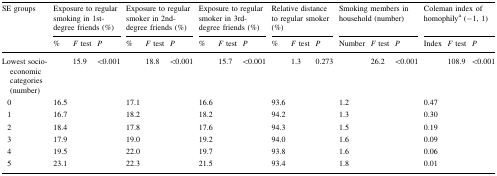
<table><thead><tr><td rowspan="2"><b>SE groups</b></td><td colspan="3"><b>Exposure to regular smoking in 1st-degree friends (%)</b></td><td colspan="3"><b>Exposure to regular smoker in 2nd-degree friends (%)</b></td><td colspan="3"><b>Exposure to regular smoker in 3rd-degree friends (%)</b></td><td colspan="3"><b>Relative distance to regular smoker (%)</b></td><td colspan="3"><b>Smoking members in household (number)</b></td><td colspan="3"><b>Coleman index of homophily<sup>a</sup> (−1, 1)</b></td></tr><tr><td><b>%</b></td><td><b><i>F</i> test</b></td><td><b><i>P</i></b></td><td><b>%</b></td><td><b><i>F</i> test</b></td><td><b><i>P</i></b></td><td><b>%</b></td><td><b><i>F</i> test</b></td><td><b><i>P</i></b></td><td><b>%</b></td><td><b><i>F</i> test</b></td><td><b><i>P</i></b></td><td><b>Number</b></td><td><b><i>F</i> test</b></td><td><b><i>P</i></b></td><td><b>Index</b></td><td><b><i>F</i> test</b></td><td><b><i>P</i></b></td></tr></thead><tbody><tr><td>Lowest socio-economic categories (number)</td><td></td><td>15.9</td><td>&lt;0.001</td><td></td><td>18.8</td><td>&lt;0.001</td><td></td><td>15.7</td><td>&lt;0.001</td><td></td><td>1.3</td><td>0.273</td><td></td><td>26.2</td><td>&lt;0.001</td><td></td><td>108.9</td><td>&lt;0.001</td></tr><tr><td> 0</td><td>16.5</td><td></td><td></td><td>17.1</td><td></td><td></td><td>16.6</td><td></td><td></td><td>93.6</td><td></td><td></td><td>1.2</td><td></td><td></td><td>0.47</td><td></td><td></td></tr><tr><td> 1</td><td>16.7</td><td></td><td></td><td>18.2</td><td></td><td></td><td>18.2</td><td></td><td></td><td>94.2</td><td></td><td></td><td>1.3</td><td></td><td></td><td>0.30</td><td></td><td></td></tr><tr><td> 2</td><td>18.4</td><td></td><td></td><td>17.8</td><td></td><td></td><td>17.6</td><td></td><td></td><td>94.3</td><td></td><td></td><td>1.5</td><td></td><td></td><td>0.19</td><td></td><td></td></tr><tr><td> 3</td><td>17.9</td><td></td><td></td><td>19.0</td><td></td><td></td><td>19.2</td><td></td><td></td><td>94.0</td><td></td><td></td><td>1.6</td><td></td><td></td><td>0.09</td><td></td><td></td></tr><tr><td> 4</td><td>19.5</td><td></td><td></td><td>22.0</td><td></td><td></td><td>19.7</td><td></td><td></td><td>93.8</td><td></td><td></td><td>1.6</td><td></td><td></td><td>0.06</td><td></td><td></td></tr><tr><td> 5</td><td>23.1</td><td></td><td></td><td>22.3</td><td></td><td></td><td>21.5</td><td></td><td></td><td>93.4</td><td></td><td></td><td>1.8</td><td></td><td></td><td>0.01</td><td></td><td></td></tr></tbody></table>